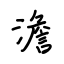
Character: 澹